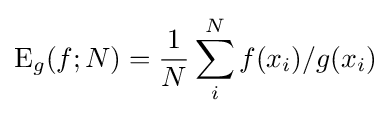
\mathrm {E} _{g}(f;N)={1 \over N}\sum _{i}^{N}{f(x_{i})}/g(x_{i})